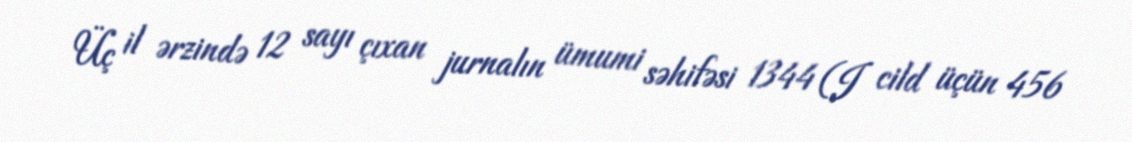
Üç il ərzində 12 sayı çıxan jurnalın ümumi səhifəsi 1344 (I cild üçün 456